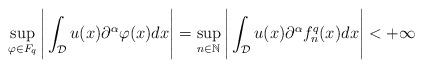
LaTeX: \begin{align*}\sup_{\varphi \in F_q} \Bigg|\int_{\mathcal{D}}u(x)\partial^{\alpha}\varphi(x)dx\Bigg| = \sup_{n \in \mathbb{N}} \Bigg|\int_{\mathcal{D}}u(x)\partial^{\alpha}f_n^q(x)dx \Bigg| < + \infty\end{align*}